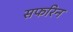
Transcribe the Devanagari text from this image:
सफरिन